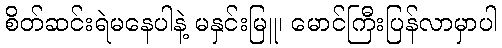
စိတ်ဆင်းရဲမနေပါနဲ့ မနှင်းမြူ၊ မောင်ကြီးပြန်လာမှာပါ